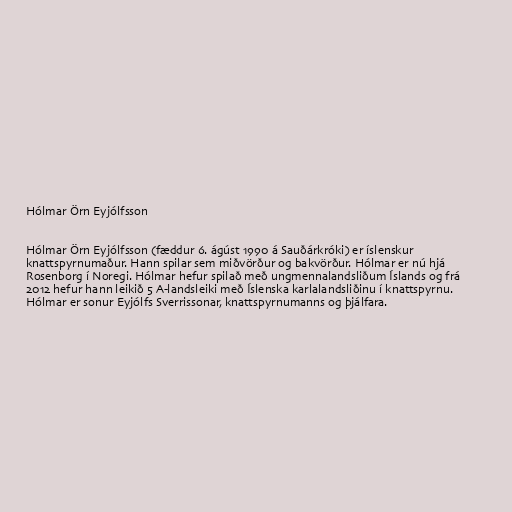
Hólmar Örn Eyjólfsson

Hólmar Örn Eyjólfsson (fæddur 6. ágúst 1990 á Sauðárkróki) er íslenskur
knattspyrnumaður. Hann spilar sem miðvörður og bakvörður. Hólmar er nú hjá
Rosenborg í Noregi. Hólmar hefur spilað með ungmennalandsliðum Íslands og frá
2012 hefur hann leikið 5 A-landsleiki með Íslenska karlalandsliðinu í knattspyrnu.
Hólmar er sonur Eyjólfs Sverrissonar, knattspyrnumanns og þjálfara.